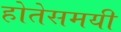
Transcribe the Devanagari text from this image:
होतेसमयी